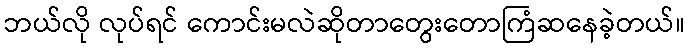
ဘယ်လို လုပ်ရင် ကောင်းမလဲဆိုတာတွေးတောကြံဆနေခဲ့တယ်။